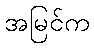
အမြင်က